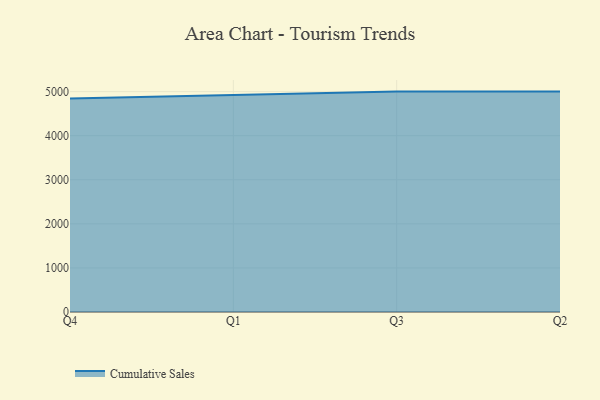
{"axis": {"x": "Quarter", "y": "Budget (USD K)"}, "legend": ["Cumulative Sales"], "data": [{"x": "Q4", "y": 4842.3, "type": "Cumulative Sales"}, {"x": "Q1", "y": 4925.5, "type": "Cumulative Sales"}, {"x": "Q3", "y": 5000, "type": "Cumulative Sales"}, {"x": "Q2", "y": 5000, "type": "Cumulative Sales"}]}